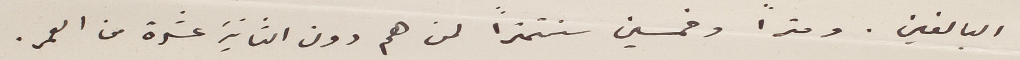
البالغين. ومتراً وخمسين سنتمتراً لمن هم دون الثانية عشرة من العمر.